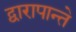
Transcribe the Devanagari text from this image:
द्वारापान्ते